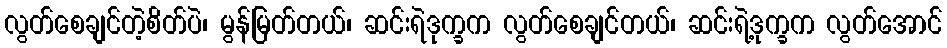
လွတ်စေချင်တဲ့စိတ်ပဲ၊ မွန်မြတ်တယ်၊ ဆင်းရဲဒုက္ခက လွတ်စေချင်တယ်၊ ဆင်းရဲ့ဒုက္ခက လွတ်အောင်